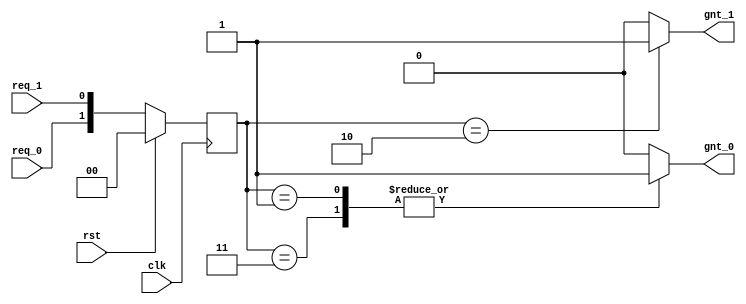
module arbiter (clk,rst,req_0,req_1,gnt_0,gnt_1);
input clk,rst,req_0,req_1;
output reg gnt_0,gnt_1;
parameter S3=2'b11,S2=2'b10,S1=2'b01,S0=2'b00;
reg [1:0] ps;
always @ (posedge clk) begin
	if(rst)
	  ps <= S0;
	else 
	  ps <= {req_0,req_1};
end
always @ (ps,req_1,req_0) begin
case(ps)
	S3: begin 
	  gnt_0 = 1;
	  gnt_1 = 0;
	end
	S2: begin
	  gnt_0 = 0;
	  gnt_1 = 1;
	end
	S1: begin
	  gnt_0 = 1;
	  gnt_1 = 0;
	end
	default: begin
	  gnt_0 = 0;
	  gnt_1 = 0;
	end
endcase
end
endmodule